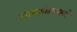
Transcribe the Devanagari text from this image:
आस्कीप्रमाणे